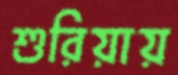
শুরিয়ায়